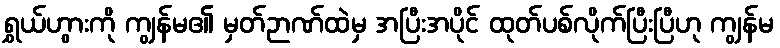
ရွှယ်ဟွားကို ကျွန်မ၏ မှတ်ဉာဏ်ထဲမှ အပြီးအပိုင် ထုတ်ပစ်လိုက်ပြီးပြီဟု ကျွန်မ